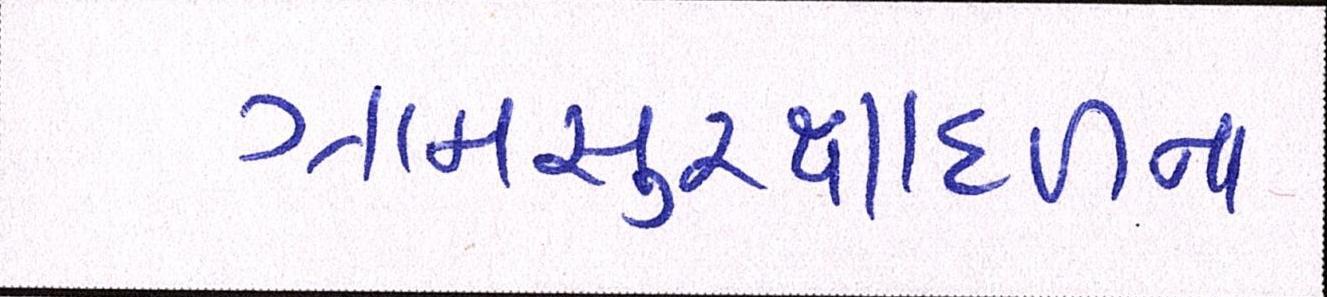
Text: ગ્રામસુરક્ષાદળના